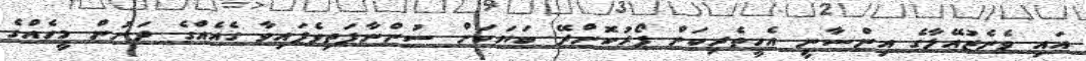
އައި ވެނެޒުއޭލާގެ އިންސާނީ އެހީތެރިކަން ފޯރުކޮށްދޭ ބަޔަކަށް ސުންނާފަތިވެފައިވާ ގެއެއްގެ ދަށުން މީހެއްގެ